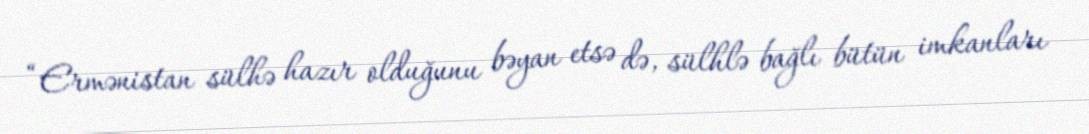
“Ermənistan sülhə hazır olduğunu bəyan etsə də, sülhlə bağlı bütün imkanları